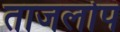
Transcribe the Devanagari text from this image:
ताजलोप